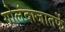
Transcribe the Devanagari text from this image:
गोलंदाजातर्फे